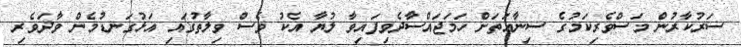
ސަރުކާރުން މަސްވެރިކަމުގެ ސިނާއަތަށް ހަމަޖައްސާދެވިފައިވާ ލުޔާ އެކު ވެސް ވިލާތުގައި އަޅުގަނޑުމެން ވާދަވެރި